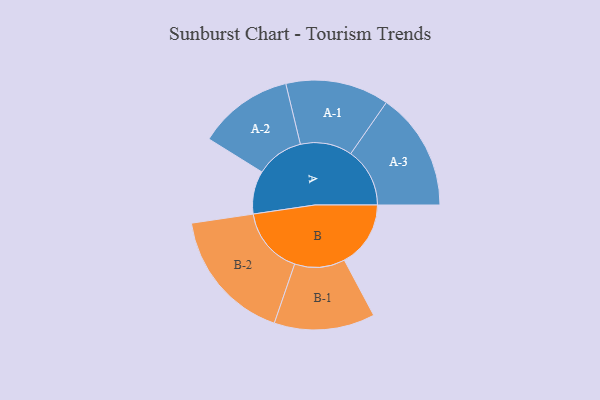
{"axis": {"x": "Segment", "y": "Value"}, "legend": ["", "A", "B"], "data": [{"x": "A", "y": 178, "type": ""}, {"x": "B", "y": 274, "type": ""}, {"x": "A-1", "y": 214, "type": "A"}, {"x": "A-2", "y": 197, "type": "A"}, {"x": "A-3", "y": 244, "type": "A"}, {"x": "B-1", "y": 208, "type": "B"}, {"x": "B-2", "y": 277, "type": "B"}]}